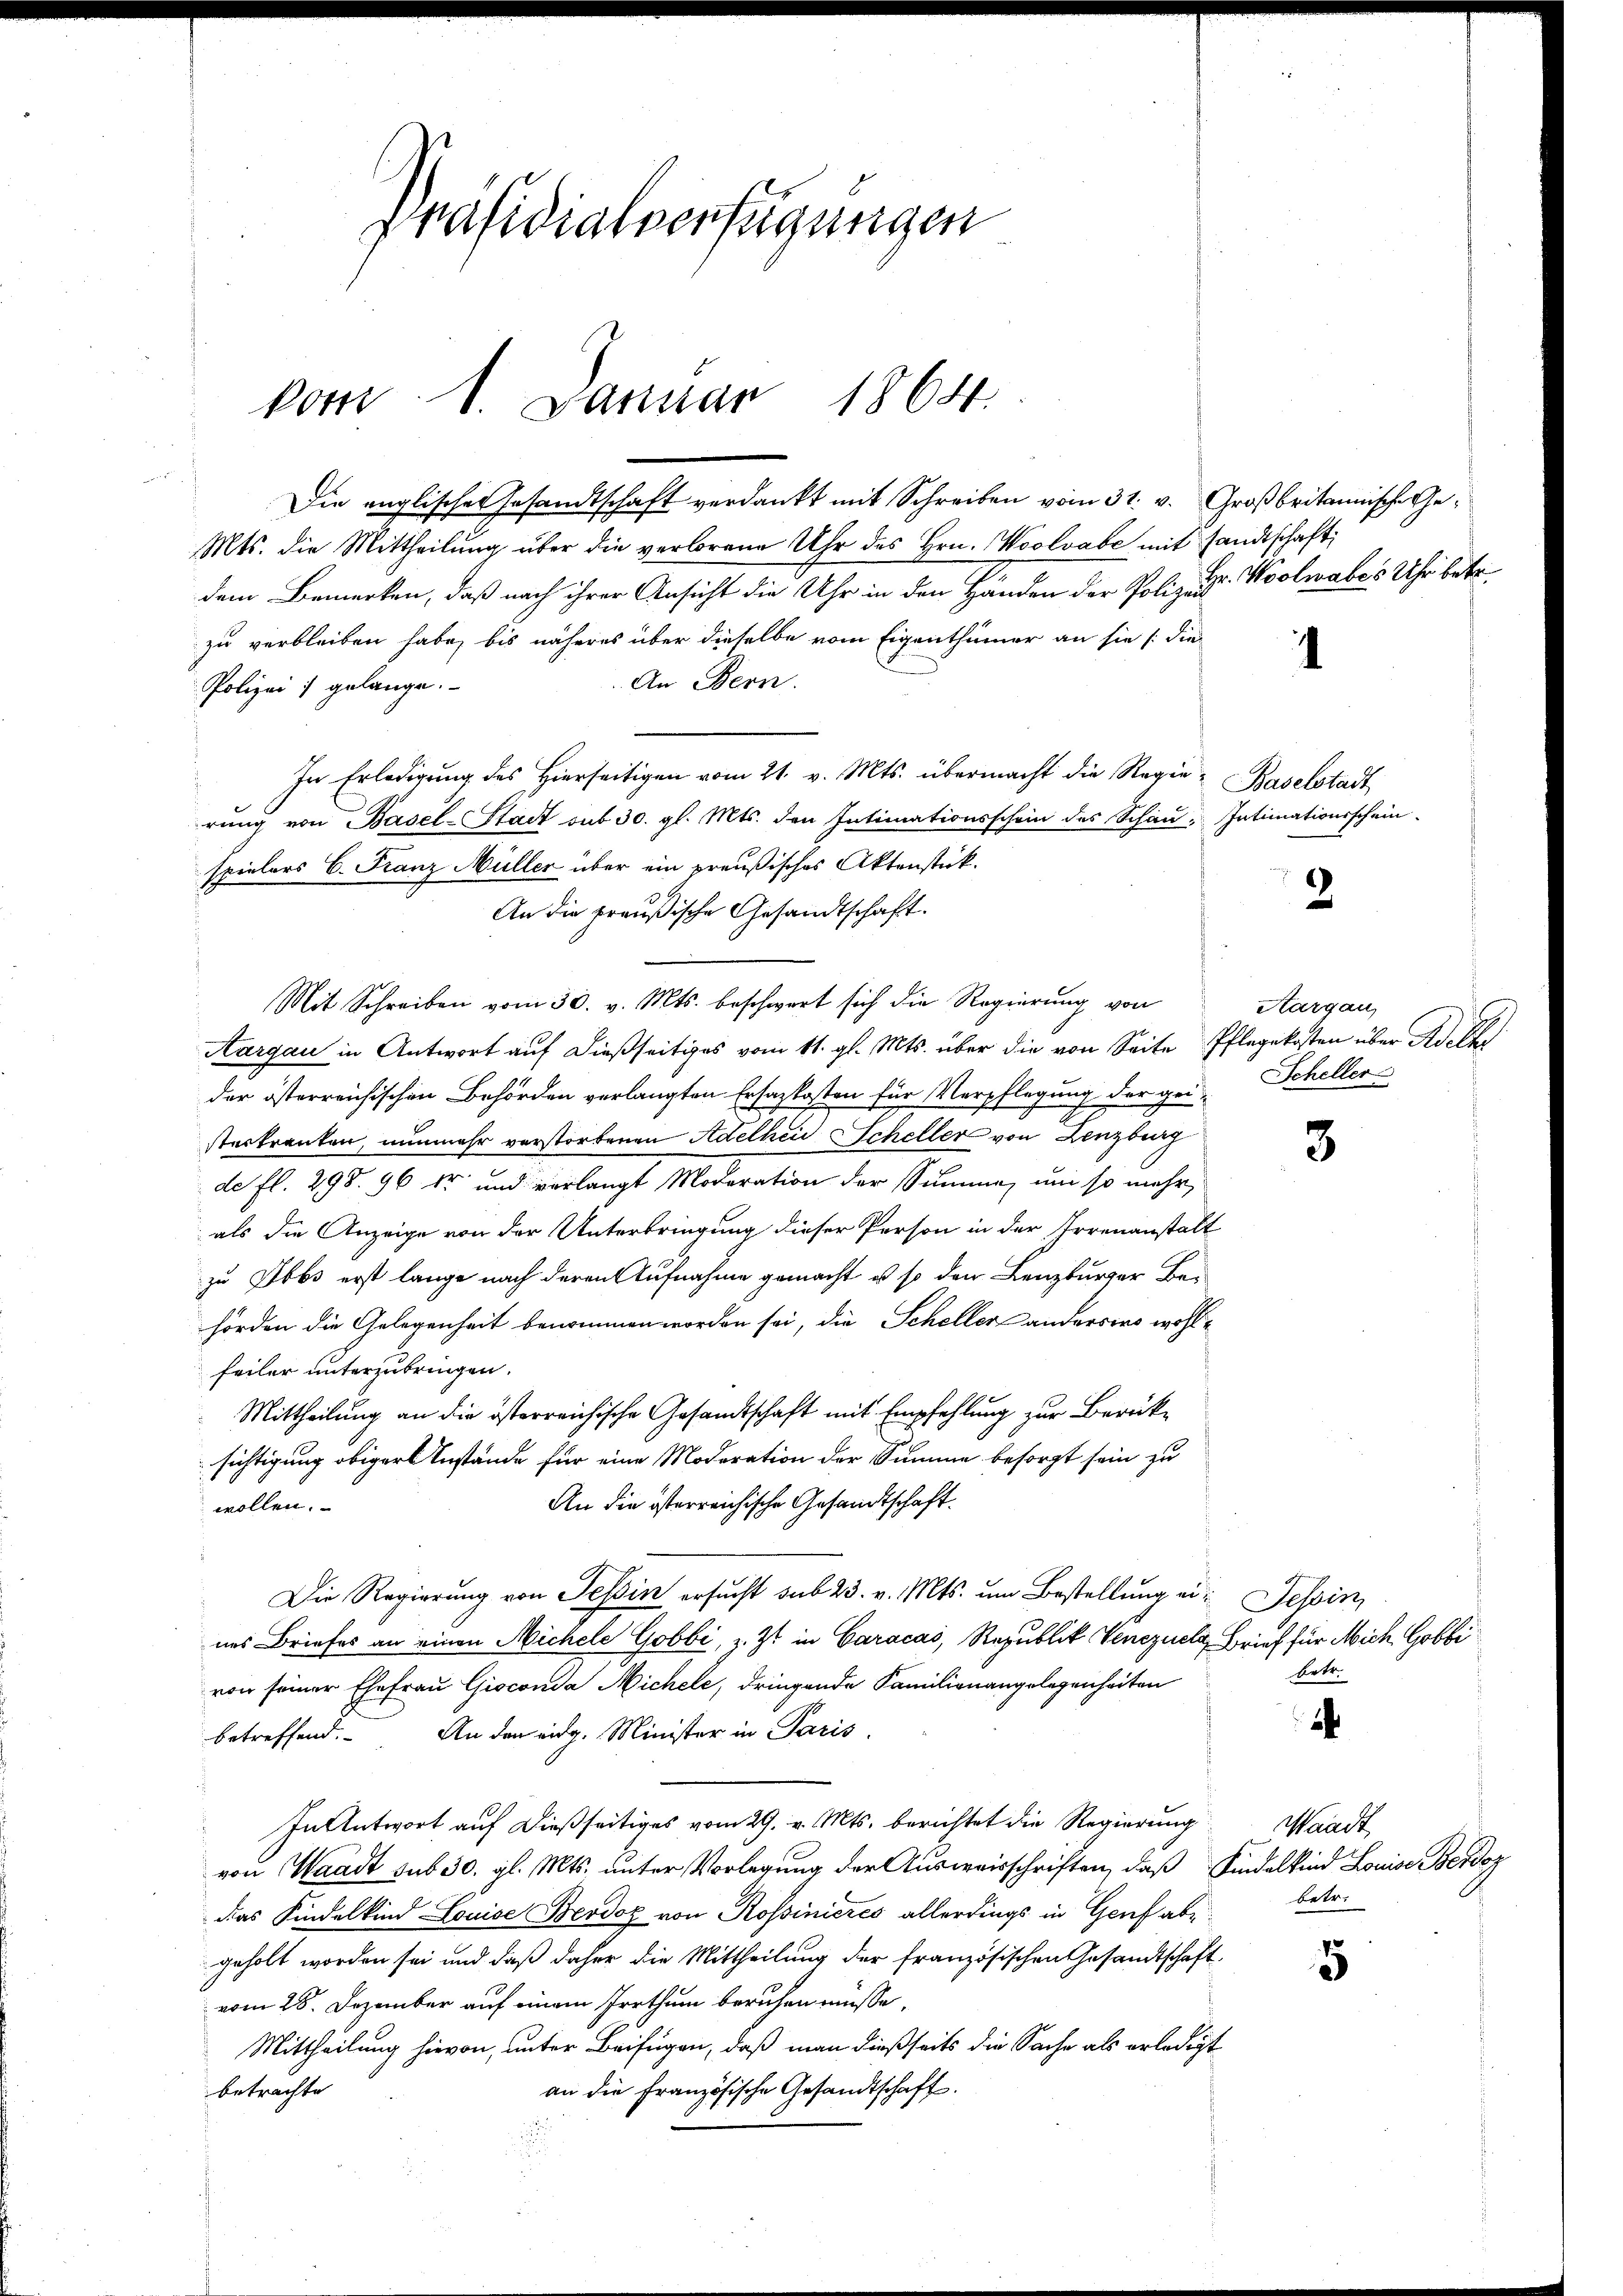
Präsidialverfügungen

Die englische Gesandtschaft verdankt mit Schreiben vom 31. v. Großbritannische Ge¬
Mts. die Mittheilŭng über die verlorene Uhr des Hrn. Woolvabe mit sandtschaft
dem Bemerken, daß nach ihrer Ansicht die Uhr in den Händen der Polizei
zu verbleiben habe, bis näheres über dieselbe vom Eigenthümer an sie (die
An Bern.
Polizei; gelange.
In Erledigung des hierseitigen vom 21. v. Mts. übermacht die Regie-Baselstadt
rung von Basel-Stadt sub 30. gl. Mts. den Intimationsschein des Schan. Intimationsschein-
spielers C. Franz Müller über ein preußisches Aktenstük¬
An die preußische Gesandtschaft.
Mit Schreiben vom 30. v. Mts. beschwert sich die Regierung von
Aargau in Antwort auf dießseitiges vom 11. gl. Mts. über die von Seite Pflegekosten über Adelhe
der österreichischen Behörden verlangten Ersazkosten für Verpflegung der gei-Scheller
sterkranken, nunmehr verstorbenen Adelhei Scheller von Lenzburg
e
de fl. 298. 96 kr und verlangt Moderation der Summe, um so mehr,
als die Anzeige von der Unterbringung dieser Person in der Irrenanstalt
zu Ibbs erst lange nach deren Aufnahme gemacht u so den Lenzburger Behörden die Gelegenheit benommen worden sei, die Scheller anderswo wohlfeiler unterzubringen.
Mittheilung an die österreichische Gesandtschaft mit Empfehlung zur Berücksichtigung obiger Instände für eine Moderation der Summe besorgt sein zu
An die österreichische Gesandtschaft.
wollen.
Die Regierung von Tessin ersucht sub 23. v. Mts. um Bestellung ein Tessin,
nes Briefes an einen Michele Gobbe, z. Zt. in Caracas, Republik Venezuel Brief für Mich Gobli
betr.
von seiner Ehefrau Gioconda Nichele, dringende Familienangelegenheiten
¬
betreffend. An den eidg. Minister in Paris
In Antwort auf dießseitiges vom 29. v. Mts. berichtet die Regierung. Waadt
von Waadt sub 30. gl. Mts. unter Vorlegung der Ausweisschriften, daß Kindelkind Louise Berdoz
betr.
das Kindelkind Louise Beodor von Rossinieres allerdings in Genf abgeholt worden sei und daß daher die Mittheilung der französischen Gesandtschaft
5
vom 28. Dezember auf einem Irrthum beruhen müsse,
Mittheilung hievon, unter Beifügen, daß man dießseits die Sache als erledigt
an die Französische Gesandtschaft.
betrachte
.

vom 1. Januar 1864.

Hr. Woolwabes Uhr betr.

2

Aargau,

3